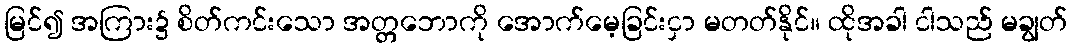
မြင်၍ အကြား၌ စိတ်ကင်းသော အတ္တဘောကို အောက်မေ့ခြင်းငှာ မတတ်နိုင်။ ထိုအခါ ငါသည် မချွတ်